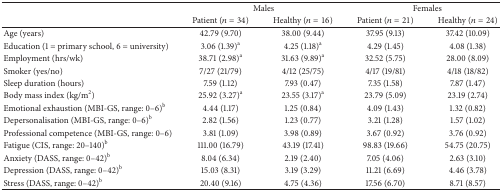
<table><thead><tr><td><b> </b></td><td colspan="2"><b>Males</b></td><td colspan="2"><b>Females</b></td></tr><tr><td><b> </b></td><td><b>Patient (<i>n</i> = 34)</b></td><td><b>Healthy (<i>n</i> = 16)</b></td><td><b>Patient (<i>n</i> = 21)</b></td><td><b>Healthy (<i>n</i> = 24)</b></td></tr></thead><tbody><tr><td>Age (years)</td><td>42.79 (9.70)</td><td>38.00 (9.44)</td><td>37.95 (9.13)</td><td>37.42 (10.09)</td></tr><tr><td>Education (1 = primary school, 6 = university)</td><td>3.06 (1.39)<sup>a</sup></td><td>4.25 (1.18)<sup>a</sup></td><td>4.29 (1.45)</td><td>4.08 (1.38)</td></tr><tr><td>Employment (hrs/wk)</td><td>38.71 (2.98)<sup>a</sup></td><td>31.63 (9.89)<sup>a</sup></td><td>32.52 (5.75)</td><td>28.00 (8.09)</td></tr><tr><td>Smoker (yes/no)</td><td>7/27 (21/79)</td><td>4/12 (25/75)</td><td>4/17 (19/81)</td><td>4/18 (18/82)</td></tr><tr><td>Sleep duration (hours)</td><td>7.59 (1.12)</td><td>7.93 (0.47)</td><td>7.35 (1.58)</td><td>7.87 (1.47)</td></tr><tr><td>Body mass index (kg/m<sup>2</sup>)</td><td>25.92 (3.27)<sup>a</sup></td><td>23.55 (3.17)<sup>a</sup></td><td>23.79 (5.09)</td><td>23.19 (2.74)</td></tr><tr><td>Emotional exhaustion (MBI-GS, range: 0–6)<sup>b</sup></td><td>4.44 (1.17)</td><td>1.25 (0.84)</td><td>4.09 (1.43)</td><td>1.32 (0.82)</td></tr><tr><td>Depersonalisation (MBI-GS, range: 0–6)<sup>b</sup></td><td>2.82 (1.56)</td><td>1.23 (0.77)</td><td>3.21 (1.28)</td><td>1.57 (1.02)</td></tr><tr><td>Professional competence (MBI-GS, range: 0–6)</td><td>3.81 (1.09)</td><td>3.98 (0.89)</td><td>3.67 (0.92)</td><td>3.76 (0.92)</td></tr><tr><td>Fatigue (CIS, range: 20–140)<sup>b</sup></td><td>111.00 (16.79)</td><td>43.19 (17.41)</td><td>98.83 (19.66)</td><td>54.75 (20.75)</td></tr><tr><td>Anxiety (DASS, range: 0–42)<sup>b</sup></td><td>8.04 (6.34)</td><td>2.19 (2.40)</td><td>7.05 (4.06)</td><td>2.63 (3.10)</td></tr><tr><td>Depression (DASS, range: 0–42)<sup>b</sup></td><td>15.03 (8.31)</td><td>3.19 (3.29)</td><td>11.21 (6.69)</td><td>4.46 (3.78)</td></tr><tr><td>Stress (DASS, range: 0–42)<sup>b</sup></td><td>20.40 (9.16)</td><td>4.75 (4.36)</td><td>17.56 (6.70)</td><td>8.71 (8.57)</td></tr></tbody></table>